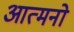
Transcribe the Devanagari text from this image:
आत्मनो